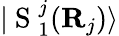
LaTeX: |\mathrm{~S~}_{1}^{j}({\mathbf{R}}_{j})\rangle